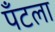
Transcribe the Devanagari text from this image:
पँटला